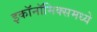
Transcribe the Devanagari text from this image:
इकाॅनाॅमिक्समध्ये